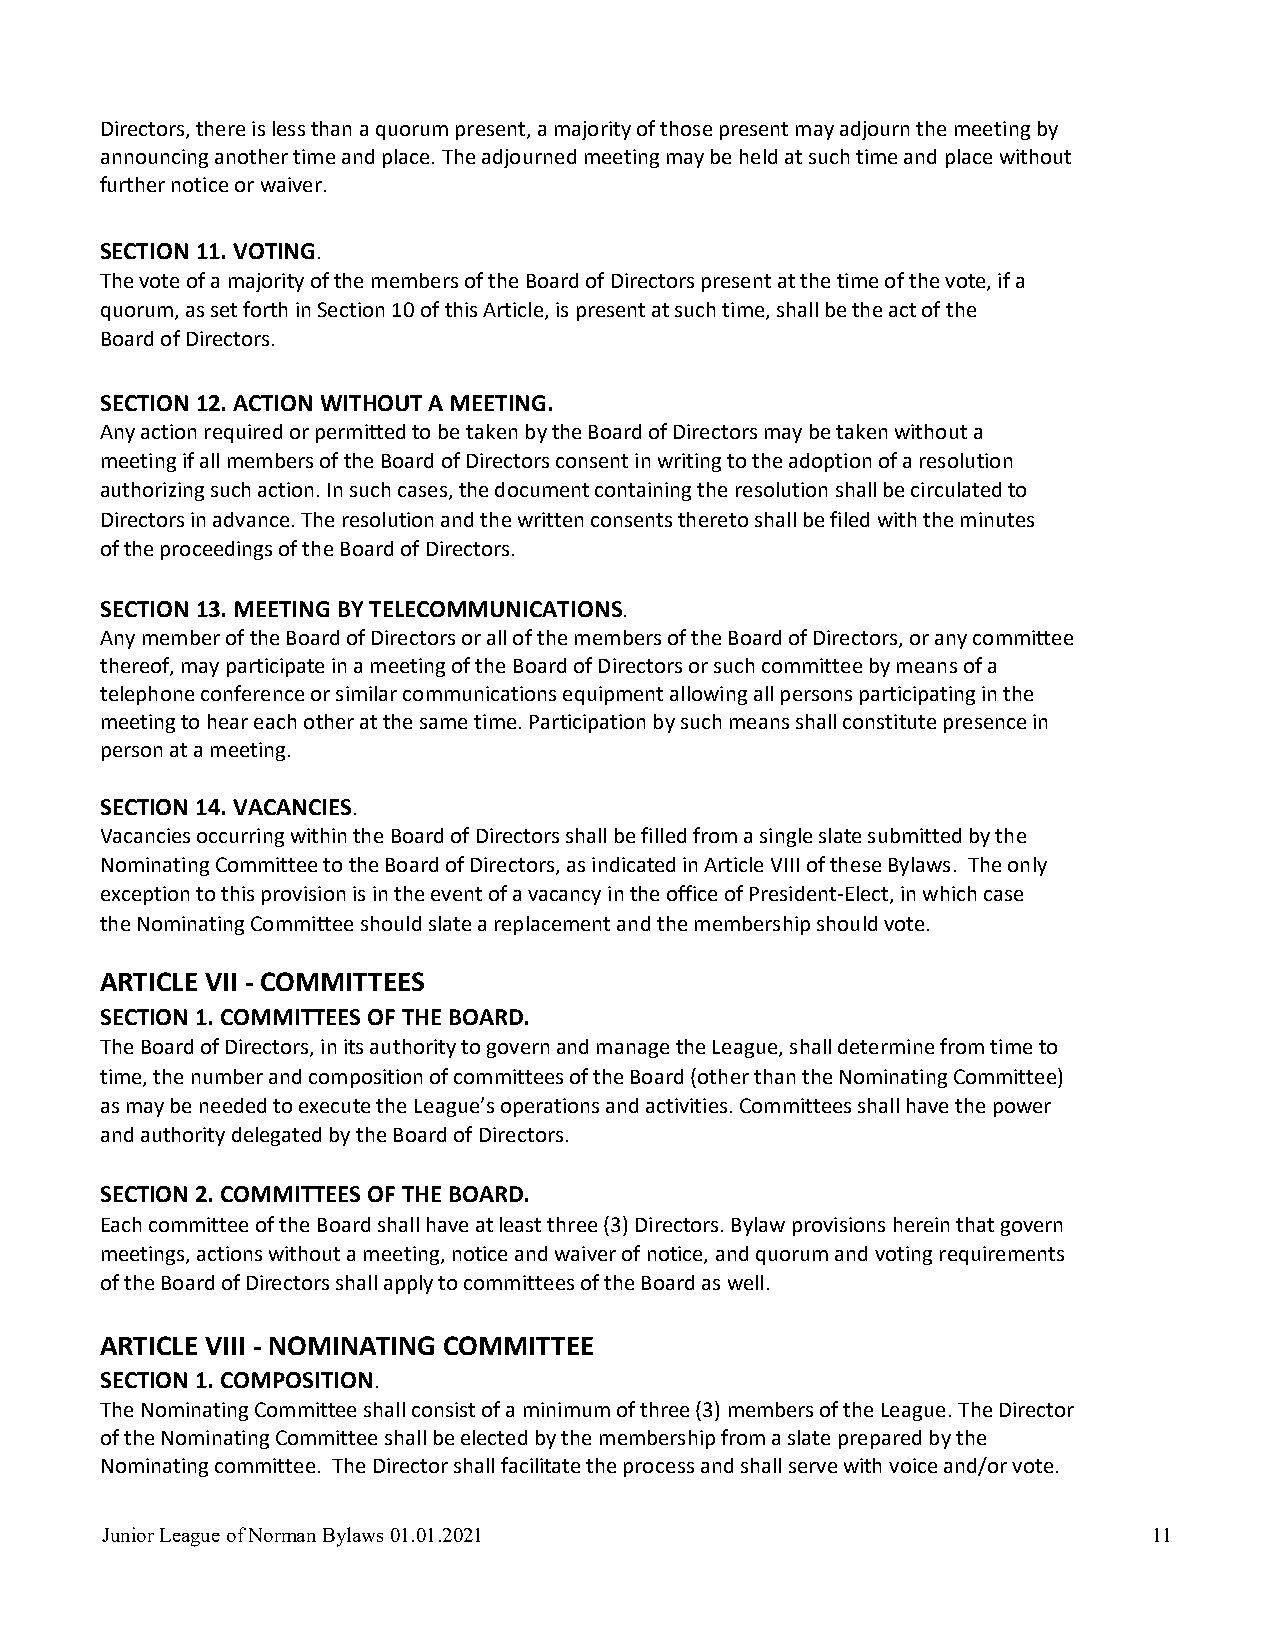
Directors, there is less than a quorum present, a majority of those present may adjourn the meeting by
 announcing another time and place. The adjourned meeting may be held at such time and place without
 further notice or waiver.
 SECTION 11. VOTING.
 The vote of a majority of the members of the Board of Directors present at the time of the vote, if a
 quorum, as set forth in Section 10 of this Article, is present at such time, shall be the act of the
 Board of Directors.
 SECTION 12. ACTION WITHOUT A MEETING.
 Any action required or permitted to be taken by the Board of Directors may be taken without a
 meeting if all members of the Board of Directors consent in writing to the adoption of a resolution
 authorizing such action. In such cases, the document containing the resolution shall be circulated to
 Directors in advance. The resolution and the written consents thereto shall be filed with the minutes
 of the proceedings of the Board of Directors.
 SECTION 13. MEETING BY TELECOMMUNICATIONS.
 Any member of the Board of Directors or all of the members of the Board of Directors, or any committee
 thereof, may participate in a meeting of the Board of Directors or such committee by means of a
 telephone conference or similar communications equipment allowing all persons participating in the
 meeting to hear each other at the same time. Participation by such means shall constitute presence in
 person at a meeting.
 SECTION 14. VACANCIES.
 Vacancies occurring within the Board of Directors shall be filled from a single slate submitted by the
 Nominating Committee to the Board of Directors, as indicated in Article VIII of these Bylaws. The only
 exception to this provision is in the event of a vacancy in the office of President-Elect, in which case
 the Nominating Committee should slate a replacement and the membership should vote.
 ARTICLE VII - COMMITTEES
 SECTION 1. COMMITTEES OF THE BOARD.
 The Board of Directors, in its authority to govern and manage the League, shall determine from time to
 time, the number and composition of committees of the Board (other than the Nominating Committee)
 as may be needed to execute the League’s operations and activities. Committees shall have the power
 and authority delegated by the Board of Directors.
 SECTION 2. COMMITTEES OF THE BOARD.
 Each committee of the Board shall have at least three (3) Directors. Bylaw provisions herein that govern
 meetings, actions without a meeting, notice and waiver of notice, and quorum and voting requirements
 of the Board of Directors shall apply to committees of the Board as well.
 ARTICLE VIII - NOMINATING COMMITTEE
 SECTION 1. COMPOSITION.
 The Nominating Committee shall consist of a minimum of three (3) members of the League. The Director
 of the Nominating Committee shall be elected by the membership from a slate prepared by the
 Nominating committee. The Director shall facilitate the process and shall serve with voice and/or vote.
 Junior League of Norman Bylaws 01.01.2021                            11